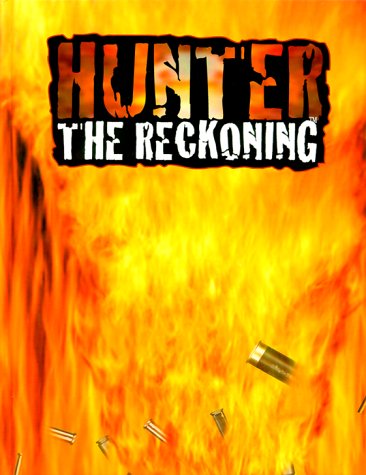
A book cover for Hunter: The Reckoning; Bruce Baugh; Science Fiction & Fantasy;